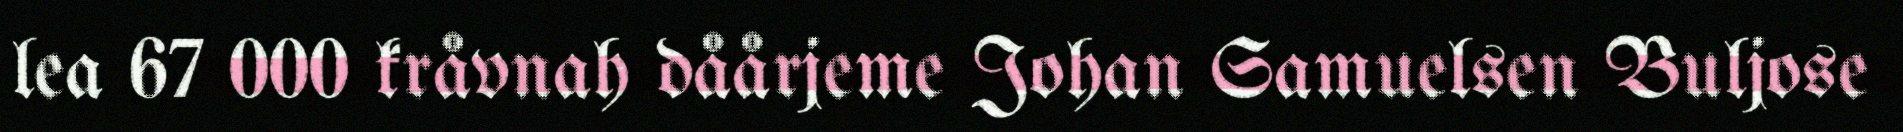
lea 67 000 kråvnah dåårjeme Johan Samuelsen Buljose